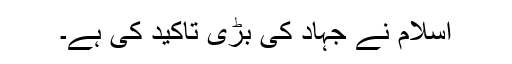
اسلام نے جہاد کی بڑی تاکید کی ہے۔